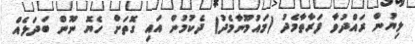
ލިޔުން ރައްދުވާ ފަރާތާމެދު (މައުމޫނާމެދު) ދެކުމުން އައި ގޮތަށް ހެޔޮ ނޫން ބަދަލެއް